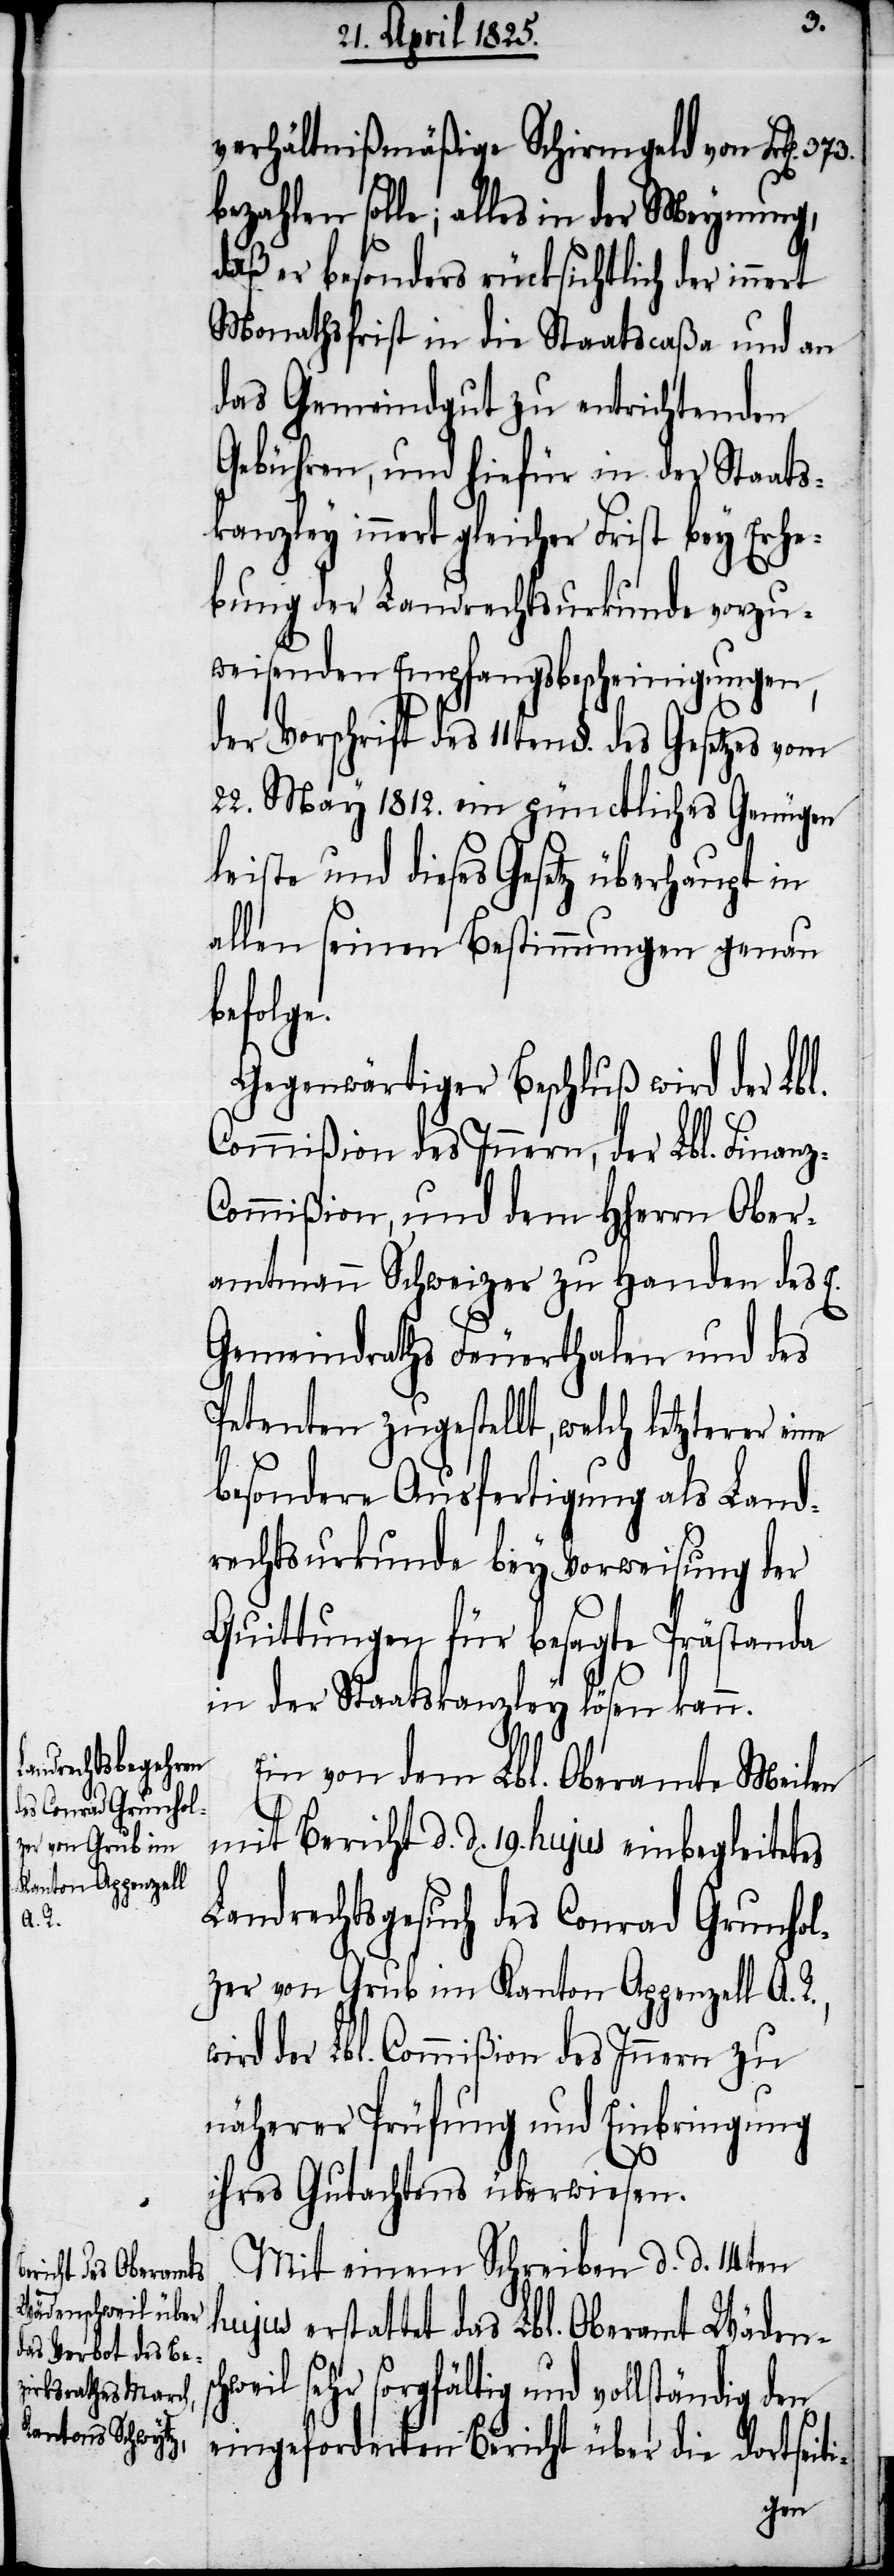
verhältnißmäßige Schirmgeld von Frk[en].
bezahlen solle; alles in der Meynung,
daß er besonders rücksichtlich der
Monathsfrist in die Staatscaßa und an
das Gemeindgut zu entrichtenden
Gebühren, und hiefür in der Staats¬
kanzley innert gleicher Frist bey Erhe¬
bung der Landrechtsurkunde vorzu¬
weisenden Empfangsbescheinigungen,
der Vorschrift des 11ten §. des Gesetzes
22. May 1812. ein gründliches Genügen
leiste und dieses Gesetz überhaupt in
allen seinen Bestimmungen genau
befolge.
Gegenwärtiger Beschluß wird der Lbl.
Commißion des Innern, der Lbl. Finanz-C¬
ommißion, und dem HHerrn Ober¬
amtmann Schweizer zu Handen des E.
Gemeindraths Feuerthalen und des
Petenten zugestellt, welch letzterer eine
besondere Ausfertigung als Land¬
rechtsurkunde bey Vorweisung der
Quittungen für besagte Prästanda
in der Staatskanzley lösen kann.
Ein von dem Lbl. Oberamte Meilen
mit Bericht d. d. 19. hujus einbegleitetes
Landrechtsgesuch des Conrad Grunhol¬
zer von Grub im Kanton Appenzell A. R.,
wird der Lbl. Commißion des Innern zu
näherer Prüfung und Einbringung
ihres Gutachtens überwiesen.
Mit einem Schreiben d. d. 14ten
hujus erstattet das Lbl. Oberamt Wäden¬
sehr sorgfältig und vollständig
eingeforderten Bericht über die dortseiti-
den